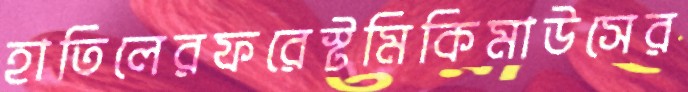
হাতিলেরফরেস্টমিকিমাউসের